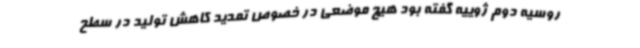
روسیه دوم ژوییه گفته بود هیچ موضعی در خصوص تمدید کاهش تولید در سطح